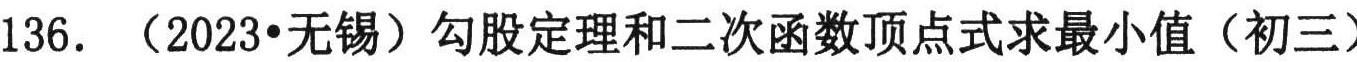
136.（2023•无锡）勾股定理和二次函数顶点式求最小值（初三）